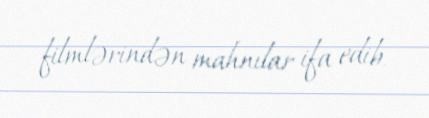
filmlərindən mahnılar ifa edib.